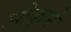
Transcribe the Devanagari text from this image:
ओकुमे